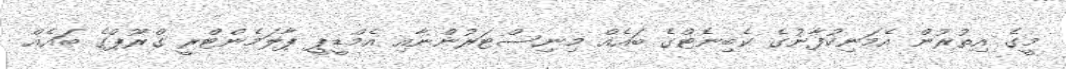
މީގެ އިތުރުން އެމަނިކުފާނުގެ ކެބިނެޓްގެ ބައެއް މިނިސްޓަރުންނާއި އެމްޑީޕީ ޕާލަމެންޓްރީ ގްރޫޕްގެ ބައެއް